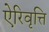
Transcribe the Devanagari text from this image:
ऐरिवृत्ति